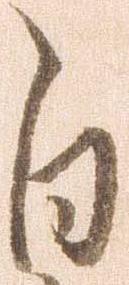
白